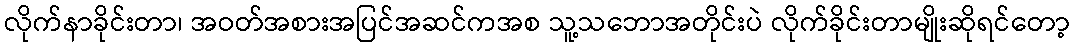
လိုက်နာခိုင်းတာ၊ အဝတ်အစားအပြင်အဆင်ကအစ သူ့သဘောအတိုင်းပဲ လိုက်ခိုင်းတာမျိုးဆိုရင်တော့